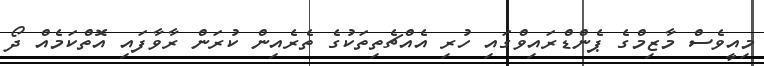
މިއީވެސް މާޒިމްގެ ޕެންޑްރައިވްގައި ހުރި އެއްޗެތިތަކުގެ ތެރެއިން ކުރަން ރާވާފައި އޮތްކަމެއް ދޯ